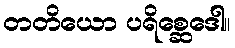
တတိယော ပရိစ္ဆေဒေါ။